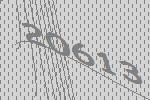
20613